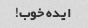
ایده خوب!